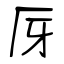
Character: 厊